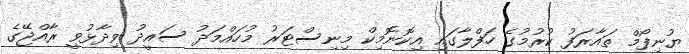
ޔުނިފޯމް ތައާރަފު ކުރުމުގެ ހަފްލާގައި އިކޮނޮމިކް މިނިސްޓަރު މުހައްމަދު ސައީދު ވިދާޅުވީ ރާއްޖޭގެ